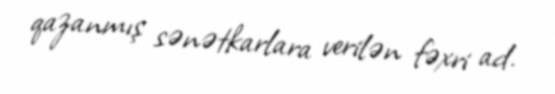
qazanmış sənətkarlara verilən fəxri ad.